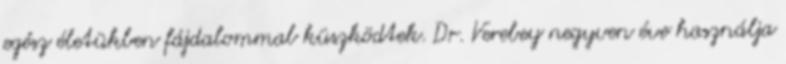
egész életükben fájdalommal küszködtek. Dr. Verebey negyven éve használja